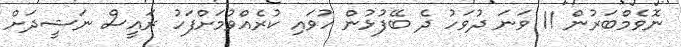
ނޮވެމްބަރުން 11 ވަނަ ދުވަހު ދެ ބޭފުޅުން ހުވައި ކުރެއްވުމަށްފަހު ރައީސް ނަޝީދަށް